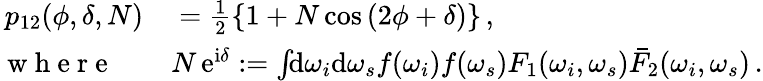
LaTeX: \begin{array}{rl}{p_{12}(\phi,\delta,N)}&{{}=\frac{1}{2}\left\{ 1+N\cos\left(2\phi+\delta\right)\right\} \, ,}\\ {\mathrm{~w~h~e~r~e~}\quad}&{{}N\, \mathrm{e}^{\mathrm{i}\delta}:=\int\! \! \mathrm{d}\omega_{i}\mathrm{d}\omega_{s}f(\omega_{i})f(\omega_{s})F_{1}(\omega_{i},\omega_{s})\bar{F}_{2}(\omega_{i},\omega_{s})\, .}\end{array}